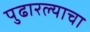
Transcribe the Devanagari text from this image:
पुढारल्याचा